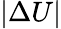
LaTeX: |\Delta U|